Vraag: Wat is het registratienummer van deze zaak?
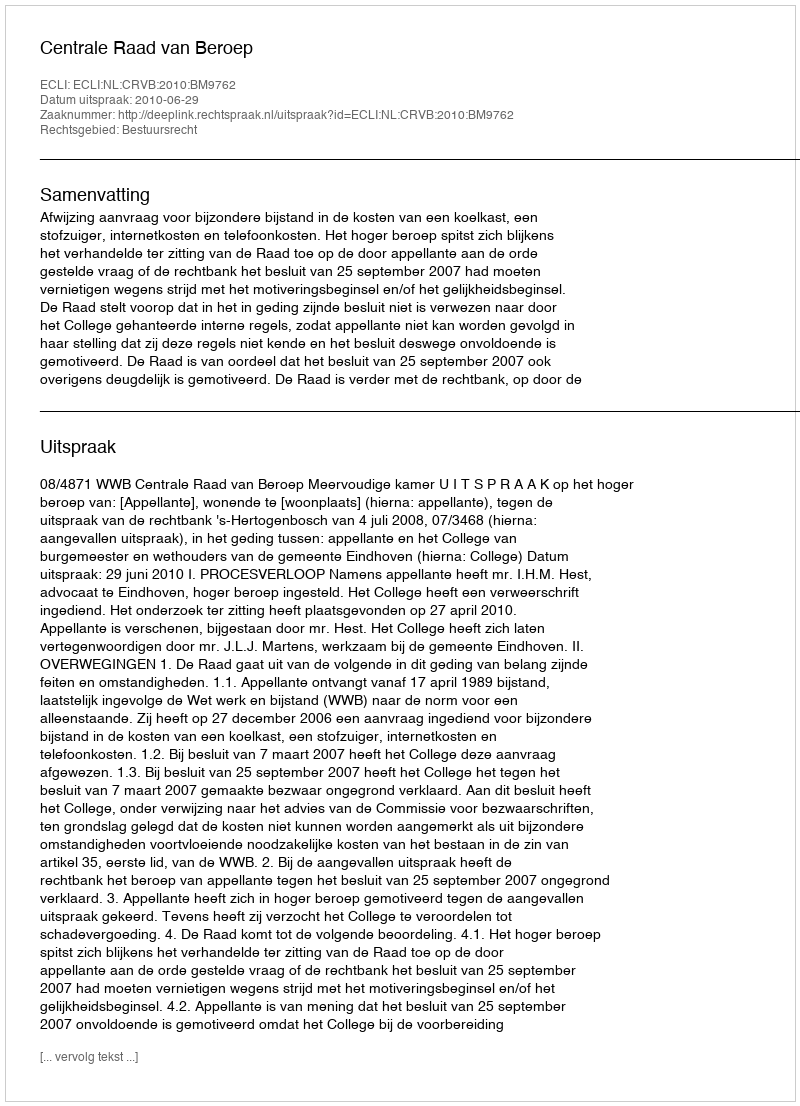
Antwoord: http://deeplink.rechtspraak.nl/uitspraak?id=ECLI:NL:CRVB:2010:BM9762